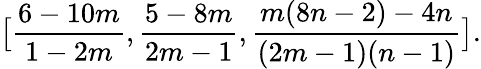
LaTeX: \big[\frac{6-10m}{1-2m},\frac{5-8m}{2m-1},\frac{m(8n-2)-4n}{(2m-1)(n-1)}\big].